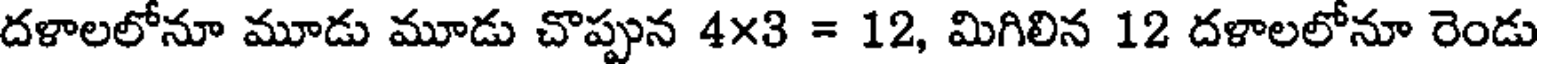
దళాలలోనూ మూడు మూడు చొప్పున 4x3 = 12, మిగిలిన 12 దళాలలోనూ రెండు